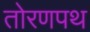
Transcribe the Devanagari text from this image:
तोरणपथ